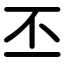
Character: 丕